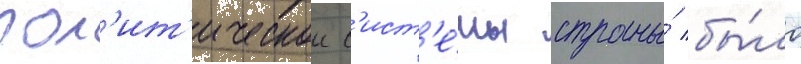
пол'ит'ическои с'ист'е́мы страны́ бы́ло